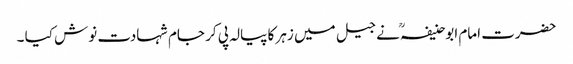
حضرت امام ابوحنیفہؒ نے جیل میں زہر کا پیالہ پی کر جام شہادت نوش کیا ۔